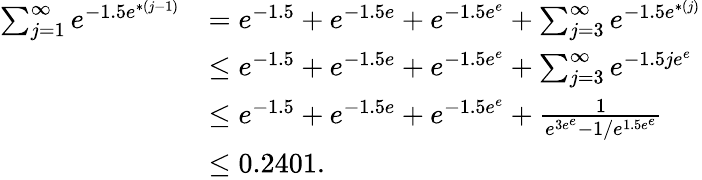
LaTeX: \begin{array}{rl}{\sum_{j=1}^{\infty}e^{-1.5{e^{*(j-1)}}}}&{={e^{-1.5}}+{e^{-1.5e}}+{e^{-1.5e^{e}}}+\sum_{j=3}^{\infty}e^{-1.5{e^{*(j)}}}}\\ &{\leq{e^{-1.5}}+{e^{-1.5e}}+{e^{-1.5e^{e}}}+\sum_{j=3}^{\infty}e^{-1.5{je^{e}}}}\\ &{\leq{e^{-1.5}}+{e^{-1.5e}}+{e^{-1.5e^{e}}}+\frac 1{e^{3e^{e}}-1/e^{1.5e^{e}}}}\\ &{\leq 0.2401.}\end{array}